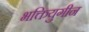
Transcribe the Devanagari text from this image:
भक्तियुगीन